Annual statistical returns and brief notes on vaccination in Bengal - 1896-1909
Year: 1896
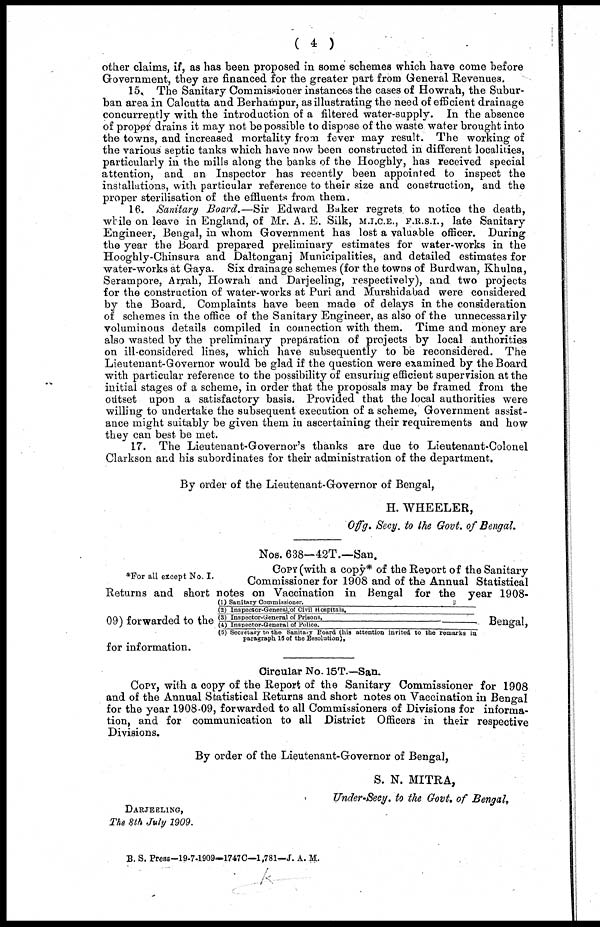
( 4 )
other claims, if, as has been proposed in some schemes which have come before
Government, they are financed for the greater part from General Revenues.
15. The Sanitary Commissioner instances the cases of Howrah, the Subur-
ban area in Calcutta and Berhampur, as illustrating the need of efficient drainage
concurrently with the introduction of a filtered water-supply. In the absence
of proper drains it may not be possible to dispose of the waste water brought into
the towns, and increased mortality from fever may result. The working of
the various septic tanks which have now been constructed in different localities,
particularly in the mills along the banks of the Hooghly, has received special
attention, and an Inspector has recently been appointed to inspect the
installations, with particular reference to their size and construction, and the
proper sterilisation of the effluents from them.
16. Sanitary Board.—Sir Edward Baker regrets to notice the death,
while on leave in England, of Mr. A. E. Silk, M.I.C.E., F.R.S.I., late Sanitary
Engineer, Bengal, in whom Government has lost a valuable officer. During
the year the Board prepared preliminary estimates for water-works in the
Hooghly-Chinsura and Daltonganj Municipalities, and detailed estimates for
water-works at Gaya. Six drainage schemes (for the towns of Burdwan, Khulna,
Serampore, Arrah, Howrah and Darjeeling, respectively), and two projects
for the construction of water-works at Puri and Murshidabad were considered
by the Board. Complaints have been made of delays in the consideration
of schemes in the office of the Sanitary Engineer, as also of the unnecessarily
voluminous details compiled in connection with them. Time and money are
also wasted by the preliminary preparation of projects by local authorities
on ill-considered lines, which have subsequently to be reconsidered. The
Lieutenant-Governor would be glad if the question were examined by the Board
with particular reference to the possibility of ensuring efficient supervision at the
initial stages of a scheme, in order that the proposals may be framed from the
outset upon a satisfactory basis. Provided that the local authorities were
willing to undertake the subsequent execution of a scheme, Government assist-
ance might suitably be given them in ascertaining their requirements and how
they can best be met.
17. The Lieutenant-Governor's thanks are due to Lieutenant-Colonel
Clarkson and his subordinates for their administration of the department.
By order of the Lieutenant-Governor of Bengal,
H. WHEELER,
Offg. Secy. to the Govt. of Bengal.
Nos. 638—42T.—San.
*For all except No. I.
COPY (with a copy* of the Report of the Sanitary
Commissioner for 1908 and of the Annual Statistical
Returns and short notes on Vaccination in Bengal for the year 1908-
09) forwarded to the
(1) Sanitary Commissioner.
(2) Inspector-General of Civil Hospitals,
(3) Inspector-General of Prisons,
(4) Inspector-General of Police.
(5) Secretary to the Sanitary Board (his attention invited to the remarks in
paragraph 16 of the Resolution).
Bengal,
for information.
Circular No. 15T.—San.
COPY, with a copy of the Report of the Sanitary Commissioner for 1908
and of the Annual Statistical Returns and short notes on Vaccination in Bengal
for the year 1908-09, forwarded to all Commissioners of Divisions for informa-
tion, and for communication to all District Officers in their respective
Divisions.
By order of the Lieutenant-Governor of Bengal,
S. N. MITRA,
Under-Secy. to the Govt. of Bengal.
DARJEELING,
The 8th July 1909.
B. S. Press—19-7-1909—1747C—1,781—J. A. M.